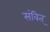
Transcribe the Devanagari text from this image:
संवित्